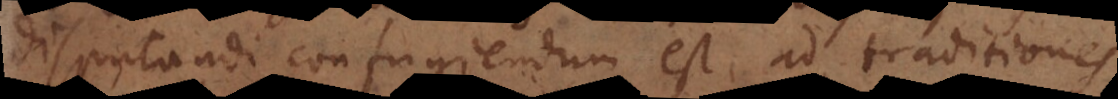
disputandi confugiendum est ad traditiones